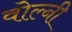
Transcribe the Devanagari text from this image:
वोल्नी